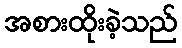
အစားထိုးခဲ့သည်